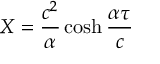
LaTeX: X = { \frac { c ^ { 2 } } { \alpha } } \cosh { \frac { \alpha \tau } { c } }